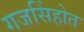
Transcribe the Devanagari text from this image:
गजसिंहोत